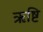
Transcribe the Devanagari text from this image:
ऋष्टि